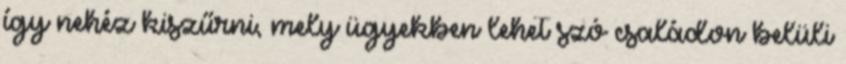
így nehéz kiszűrni, mely ügyekben lehet szó családon belüli